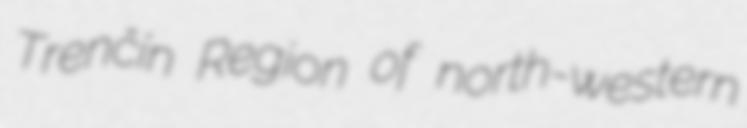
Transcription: Trenčín Region of north-western